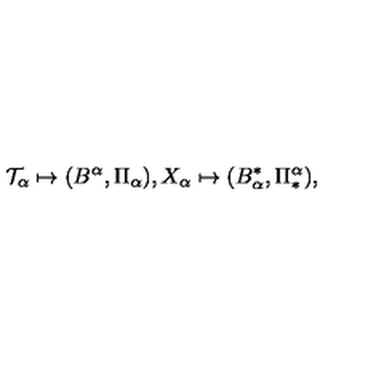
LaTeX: { \cal T } _ { \alpha } \mapsto ( B ^ { \alpha } , \Pi _ { \alpha } ) , X _ { \alpha } \mapsto ( B _ { \alpha } ^ { \ast } , \Pi _ { \ast } ^ { \alpha } ) ,